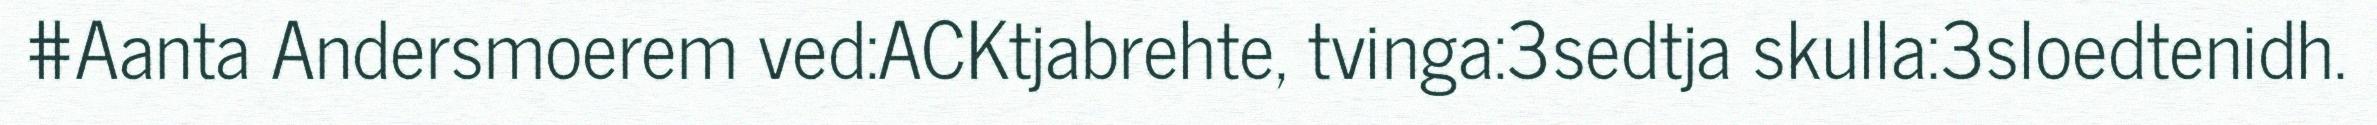
#Aanta Andersmoerem ved:ACKtjabrehte, tvinga:3sedtja skulla:3sloedtenidh.